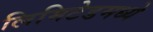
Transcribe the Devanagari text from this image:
लिमिटेडमध्ये